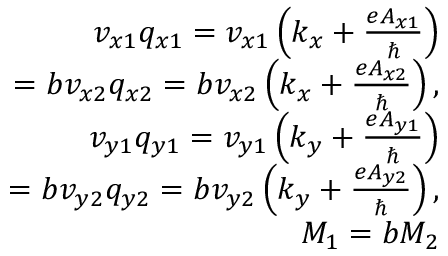
\begin{array} { r l r } & { } & { v _ { x 1 } q _ { x 1 } = v _ { x 1 } \left( k _ { x } + \frac { e A _ { x 1 } } { \hbar } \right) } \\ & { } & { ~ ~ = b v _ { x 2 } q _ { x 2 } = b v _ { x 2 } \left( k _ { x } + \frac { e A _ { x 2 } } { \hbar } \right) , } \\ & { } & { v _ { y 1 } q _ { y 1 } = v _ { y 1 } \left( k _ { y } + \frac { e A _ { y 1 } } { \hbar } \right) } \\ & { } & { ~ ~ = b v _ { y 2 } q _ { y 2 } = b v _ { y 2 } \left( k _ { y } + \frac { e A _ { y 2 } } { \hbar } \right) , } \\ & { } & { M _ { 1 } = b M _ { 2 } } \end{array}